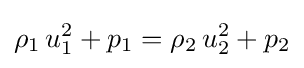
\rho _{1}\,u_{1}^{2}+p_{1}=\rho _{2}\,u_{2}^{2}+p_{2}